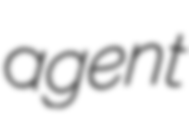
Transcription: agent